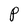
Character: P